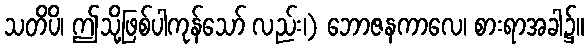
သတိပိ၊ ဤသို့ဖြစ်ပါကုန်သော် လည်း၊) ဘောဇနကာလေ၊ စားရာအခါ၌။